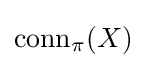
{\text{conn}}_{\pi }(X)